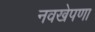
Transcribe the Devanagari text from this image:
नवखेपणा